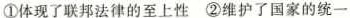
①体现了联邦法律的至上性 ②维护了国家的统一